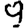
Digit: 9